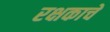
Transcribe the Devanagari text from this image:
रक्षकाचे